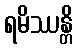
ရမိဿန္တိ